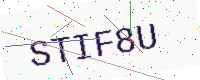
Text: STIF8U